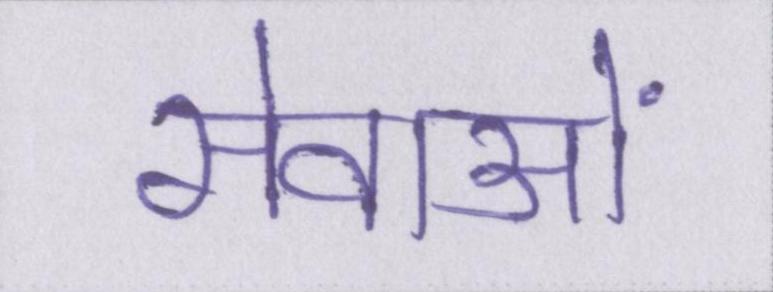
सेवाओं